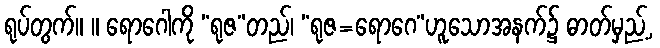
ရုပ်တွက်။ ။ ရောဂေါကို “ရုဇ”တည်၊ “ရုဇ=ရောဂေ”ဟူသောအနက်၌ ဓာတ်မှည့်,